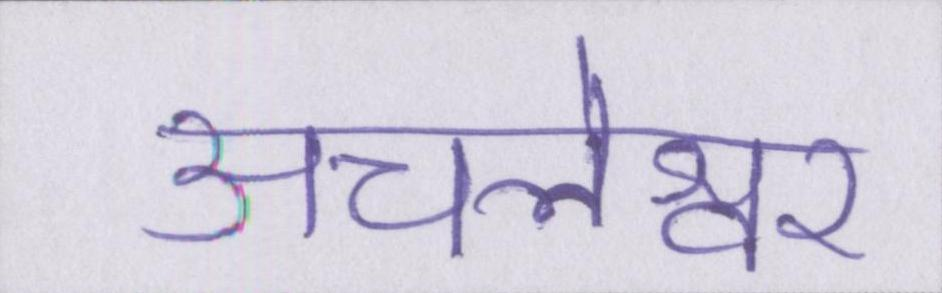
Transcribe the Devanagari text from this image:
अचलेश्वर